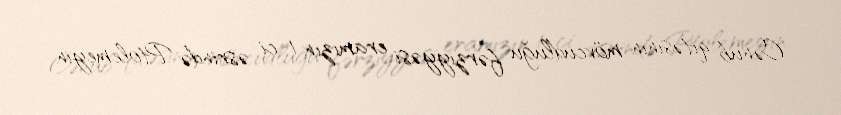
Cənub qitəsinin mövcudluğu fərziyyəsi eramızın 1-ci əsrində Ptolemeyin